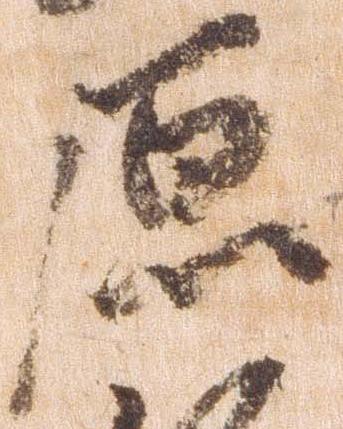
原